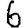
Digit: 6